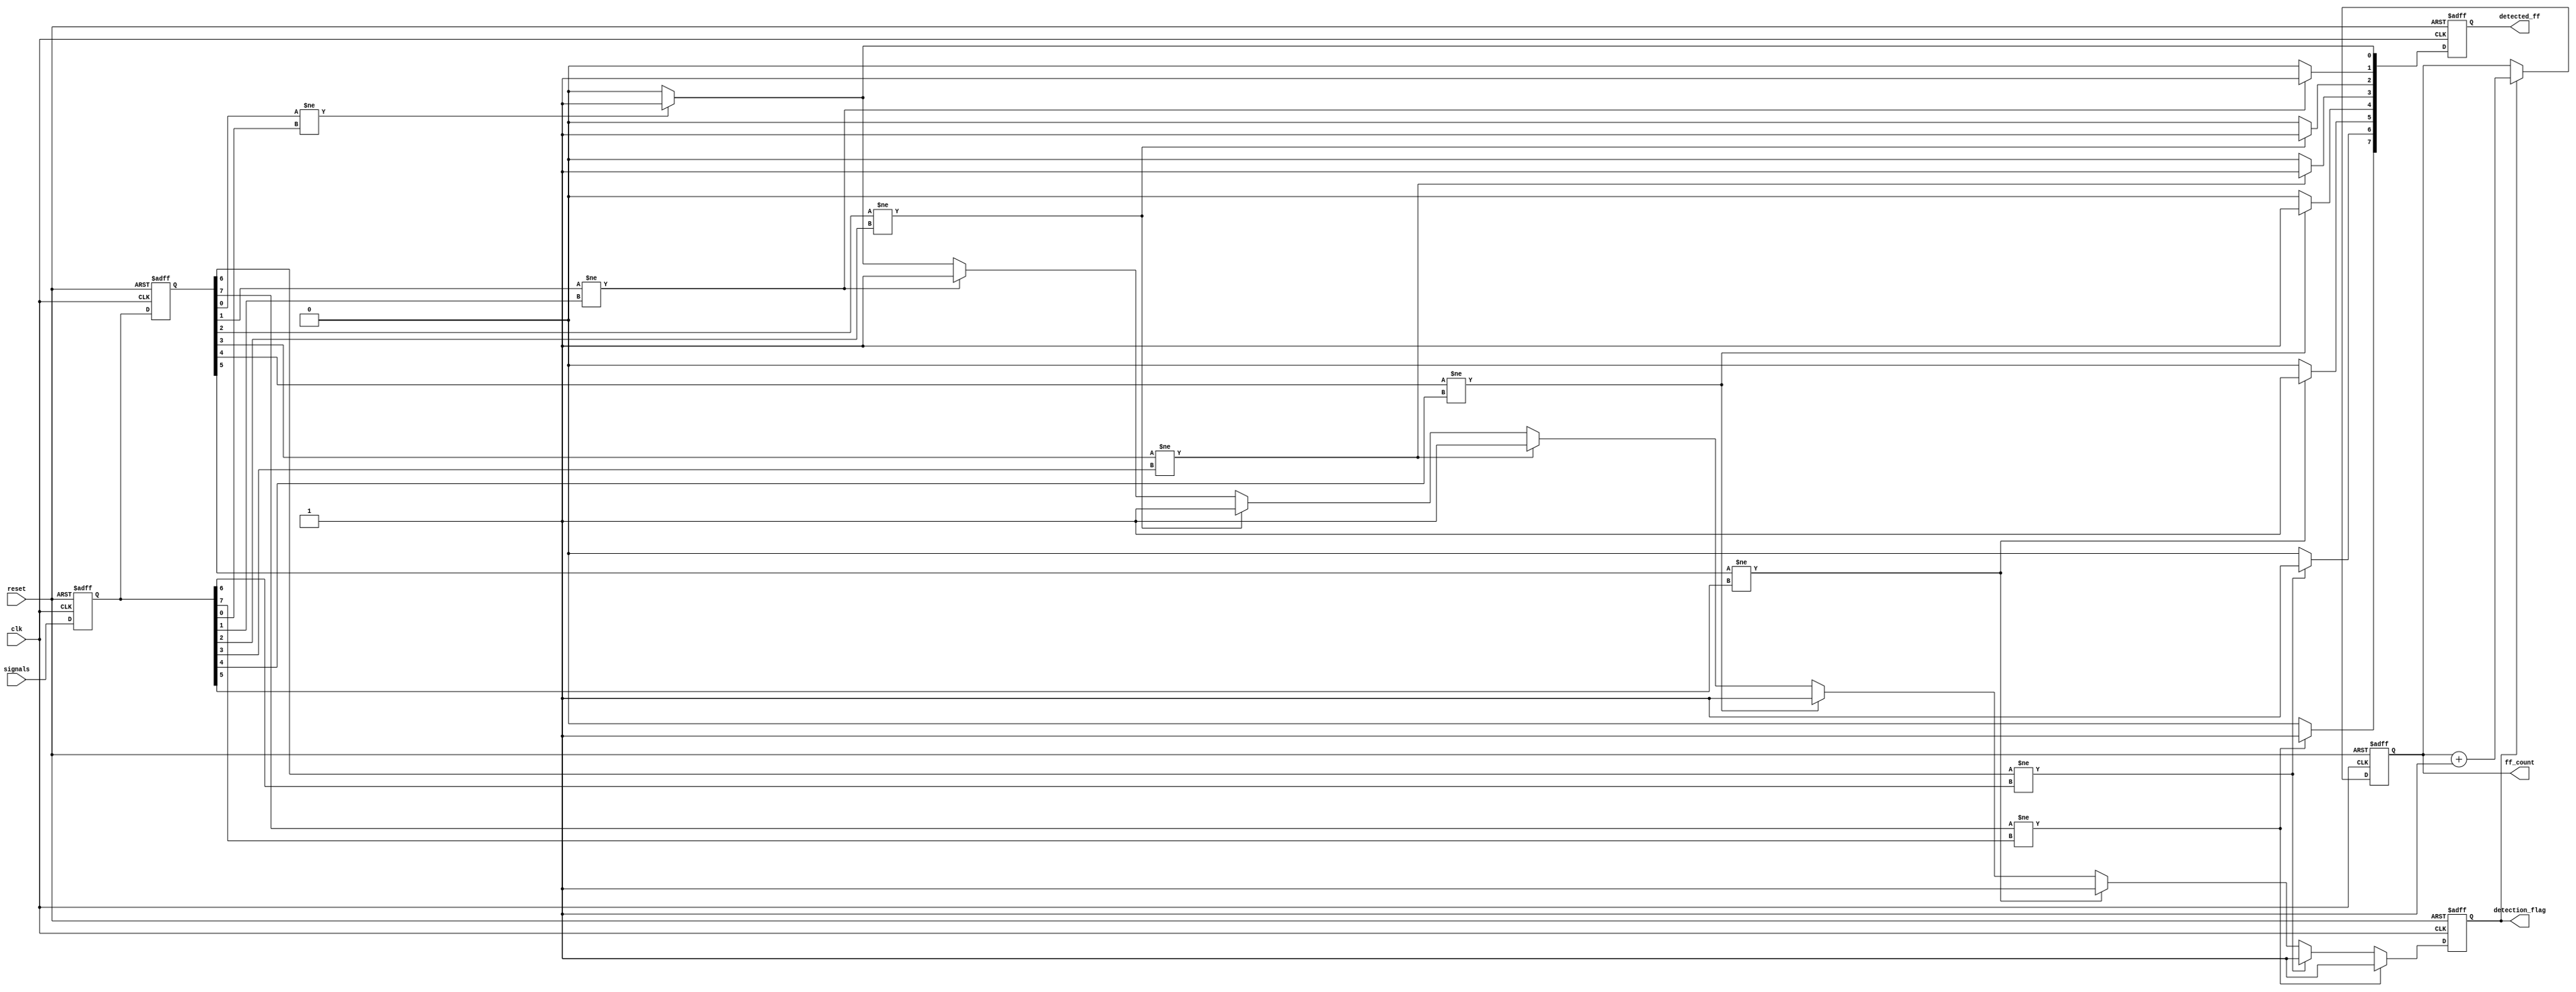
module flip_flop_detector #(
    parameter NUM_SIGNALS = 8, // Number of signals to monitor
    parameter MEMORY_DEPTH = 2  // Depth of memory blocks for state storage
)(
    input wire clk,               // Clock signal
    input wire reset,             // Reset signal
    input wire [NUM_SIGNALS-1:0] signals, // Input signals
    output reg [NUM_SIGNALS-1:0] detected_ff, // Detected flip-flops
    output reg [7:0] ff_count,    // Count of detected flip-flops
    output reg detection_flag      // Flag indicating detection
);

    // Memory blocks to store previous and current states
    reg [NUM_SIGNALS-1:0] mem [0:MEMORY_DEPTH-1]; // Memory array
    integer i;

    // State machine for detection
    always @(posedge clk or posedge reset) begin
        if (reset) begin
            // Reset all states and counters
            ff_count <= 0;
            detection_flag <= 0;
            detected_ff <= 0;
            for (i = 0; i < MEMORY_DEPTH; i = i + 1) begin
                mem[i] <= 0;
            end
        end else begin
            // Shift memory states
            mem[1] <= mem[0]; // Shift previous state
            mem[0] <= signals; // Capture current state

            // Detection logic
            detection_flag <= 0; // Reset detection flag for this clock cycle
            detected_ff <= 0; // Reset detected flip-flops for this clock cycle

            for (i = 0; i < NUM_SIGNALS; i = i + 1) begin
                // Check for flip-flop behavior
                if (mem[1][i] != mem[0][i]) begin // Detect change in state
                    detected_ff[i] <= 1; // Mark this signal as detected
                    detection_flag <= 1; // Set detection flag
                end
            end

            // Update flip-flop count
            if (detection_flag) begin
                ff_count <= ff_count + 1; // Increment count if detection occurred
            end
        end
    end

endmodule